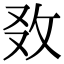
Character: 𢼅